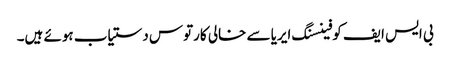
بی ایس ایف کو فینسنگ ایریا سے خالی کارتوس دستیاب ہوئے ہیں۔